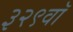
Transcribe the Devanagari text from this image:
३२९वॉ